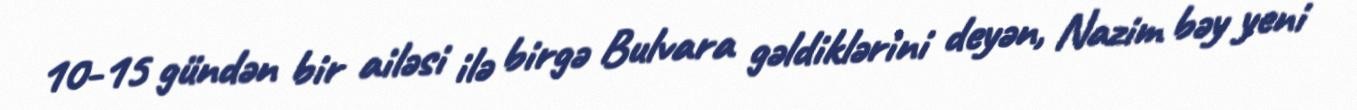
10-15 gündən bir ailəsi ilə birgə Bulvara gəldiklərini deyən, Nazim bəy yeni